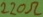
Text: 220Ω